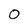
Character: 0